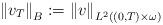
LaTeX: \begin{align*}\left\Vert v_{T}\right\Vert _{B}:=\left\Vert v\right\Vert _{L^{2}(( 0,T) \times\omega) }\end{align*}